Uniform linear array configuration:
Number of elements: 12
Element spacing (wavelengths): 1
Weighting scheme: uniform
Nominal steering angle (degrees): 60
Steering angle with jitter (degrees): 61.103
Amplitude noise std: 0.05
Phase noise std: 0.05

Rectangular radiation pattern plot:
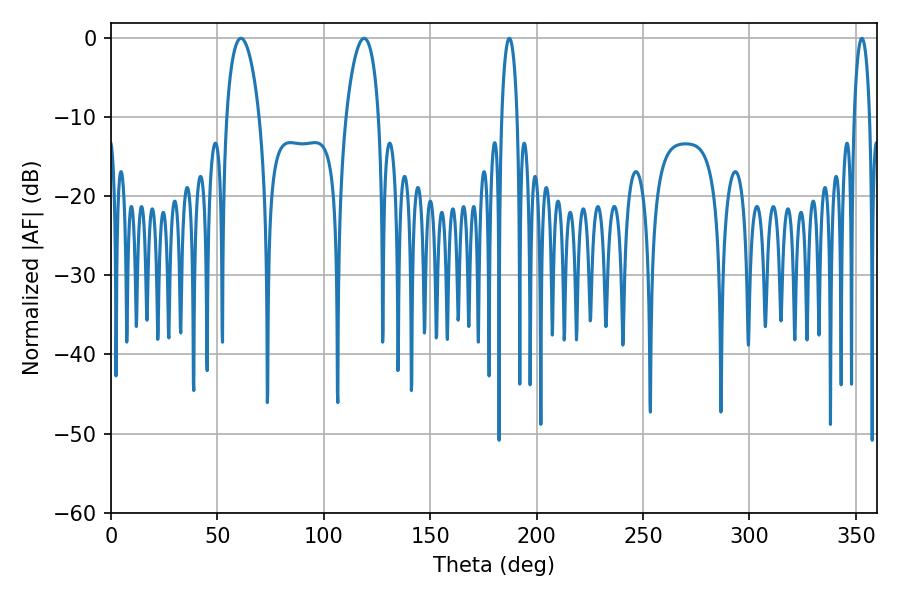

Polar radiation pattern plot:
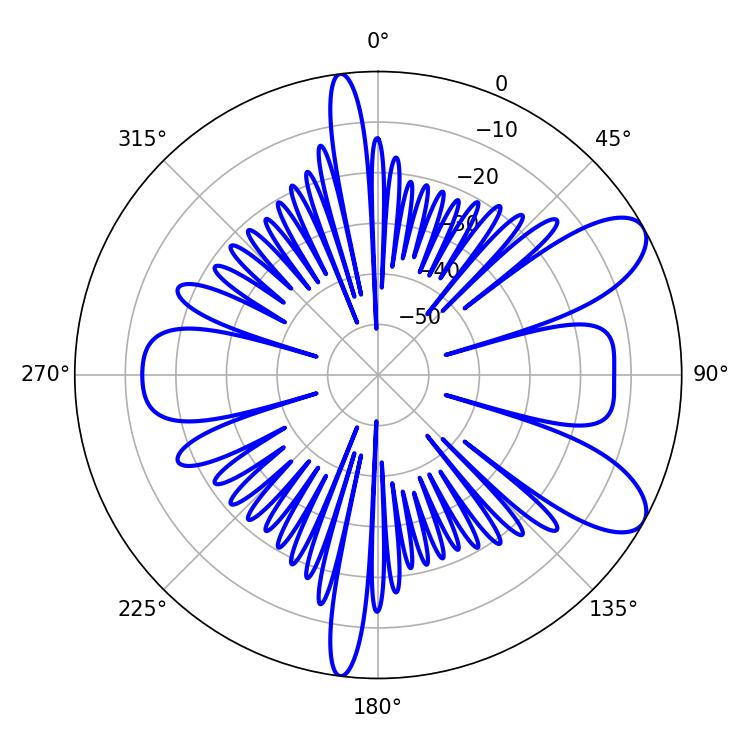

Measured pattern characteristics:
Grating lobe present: TRUE
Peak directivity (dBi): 8.791
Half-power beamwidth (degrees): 8.64
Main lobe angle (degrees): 61.02